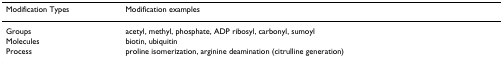
<table><thead><tr><td><b>Modification Types</b></td><td><b>Modification examples</b></td></tr></thead><tbody><tr><td>Groups</td><td>acetyl, methyl, phosphate, ADP ribosyl, carbonyl, sumoyl</td></tr><tr><td>Molecules</td><td>biotin, ubiquitin</td></tr><tr><td>Process</td><td>proline isomerization, arginine deamination (citrulline generation)</td></tr></tbody></table>